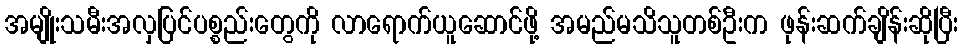
အမျိုးသမီးအလှပြင်ပစ္စည်းတွေကို လာရောက်ယူဆောင်ဖို့ အမည်မသိသူတစ်ဦးက ဖုန်းဆက်ချိန်းဆိုပြီး